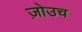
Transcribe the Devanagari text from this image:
ज़ोउच